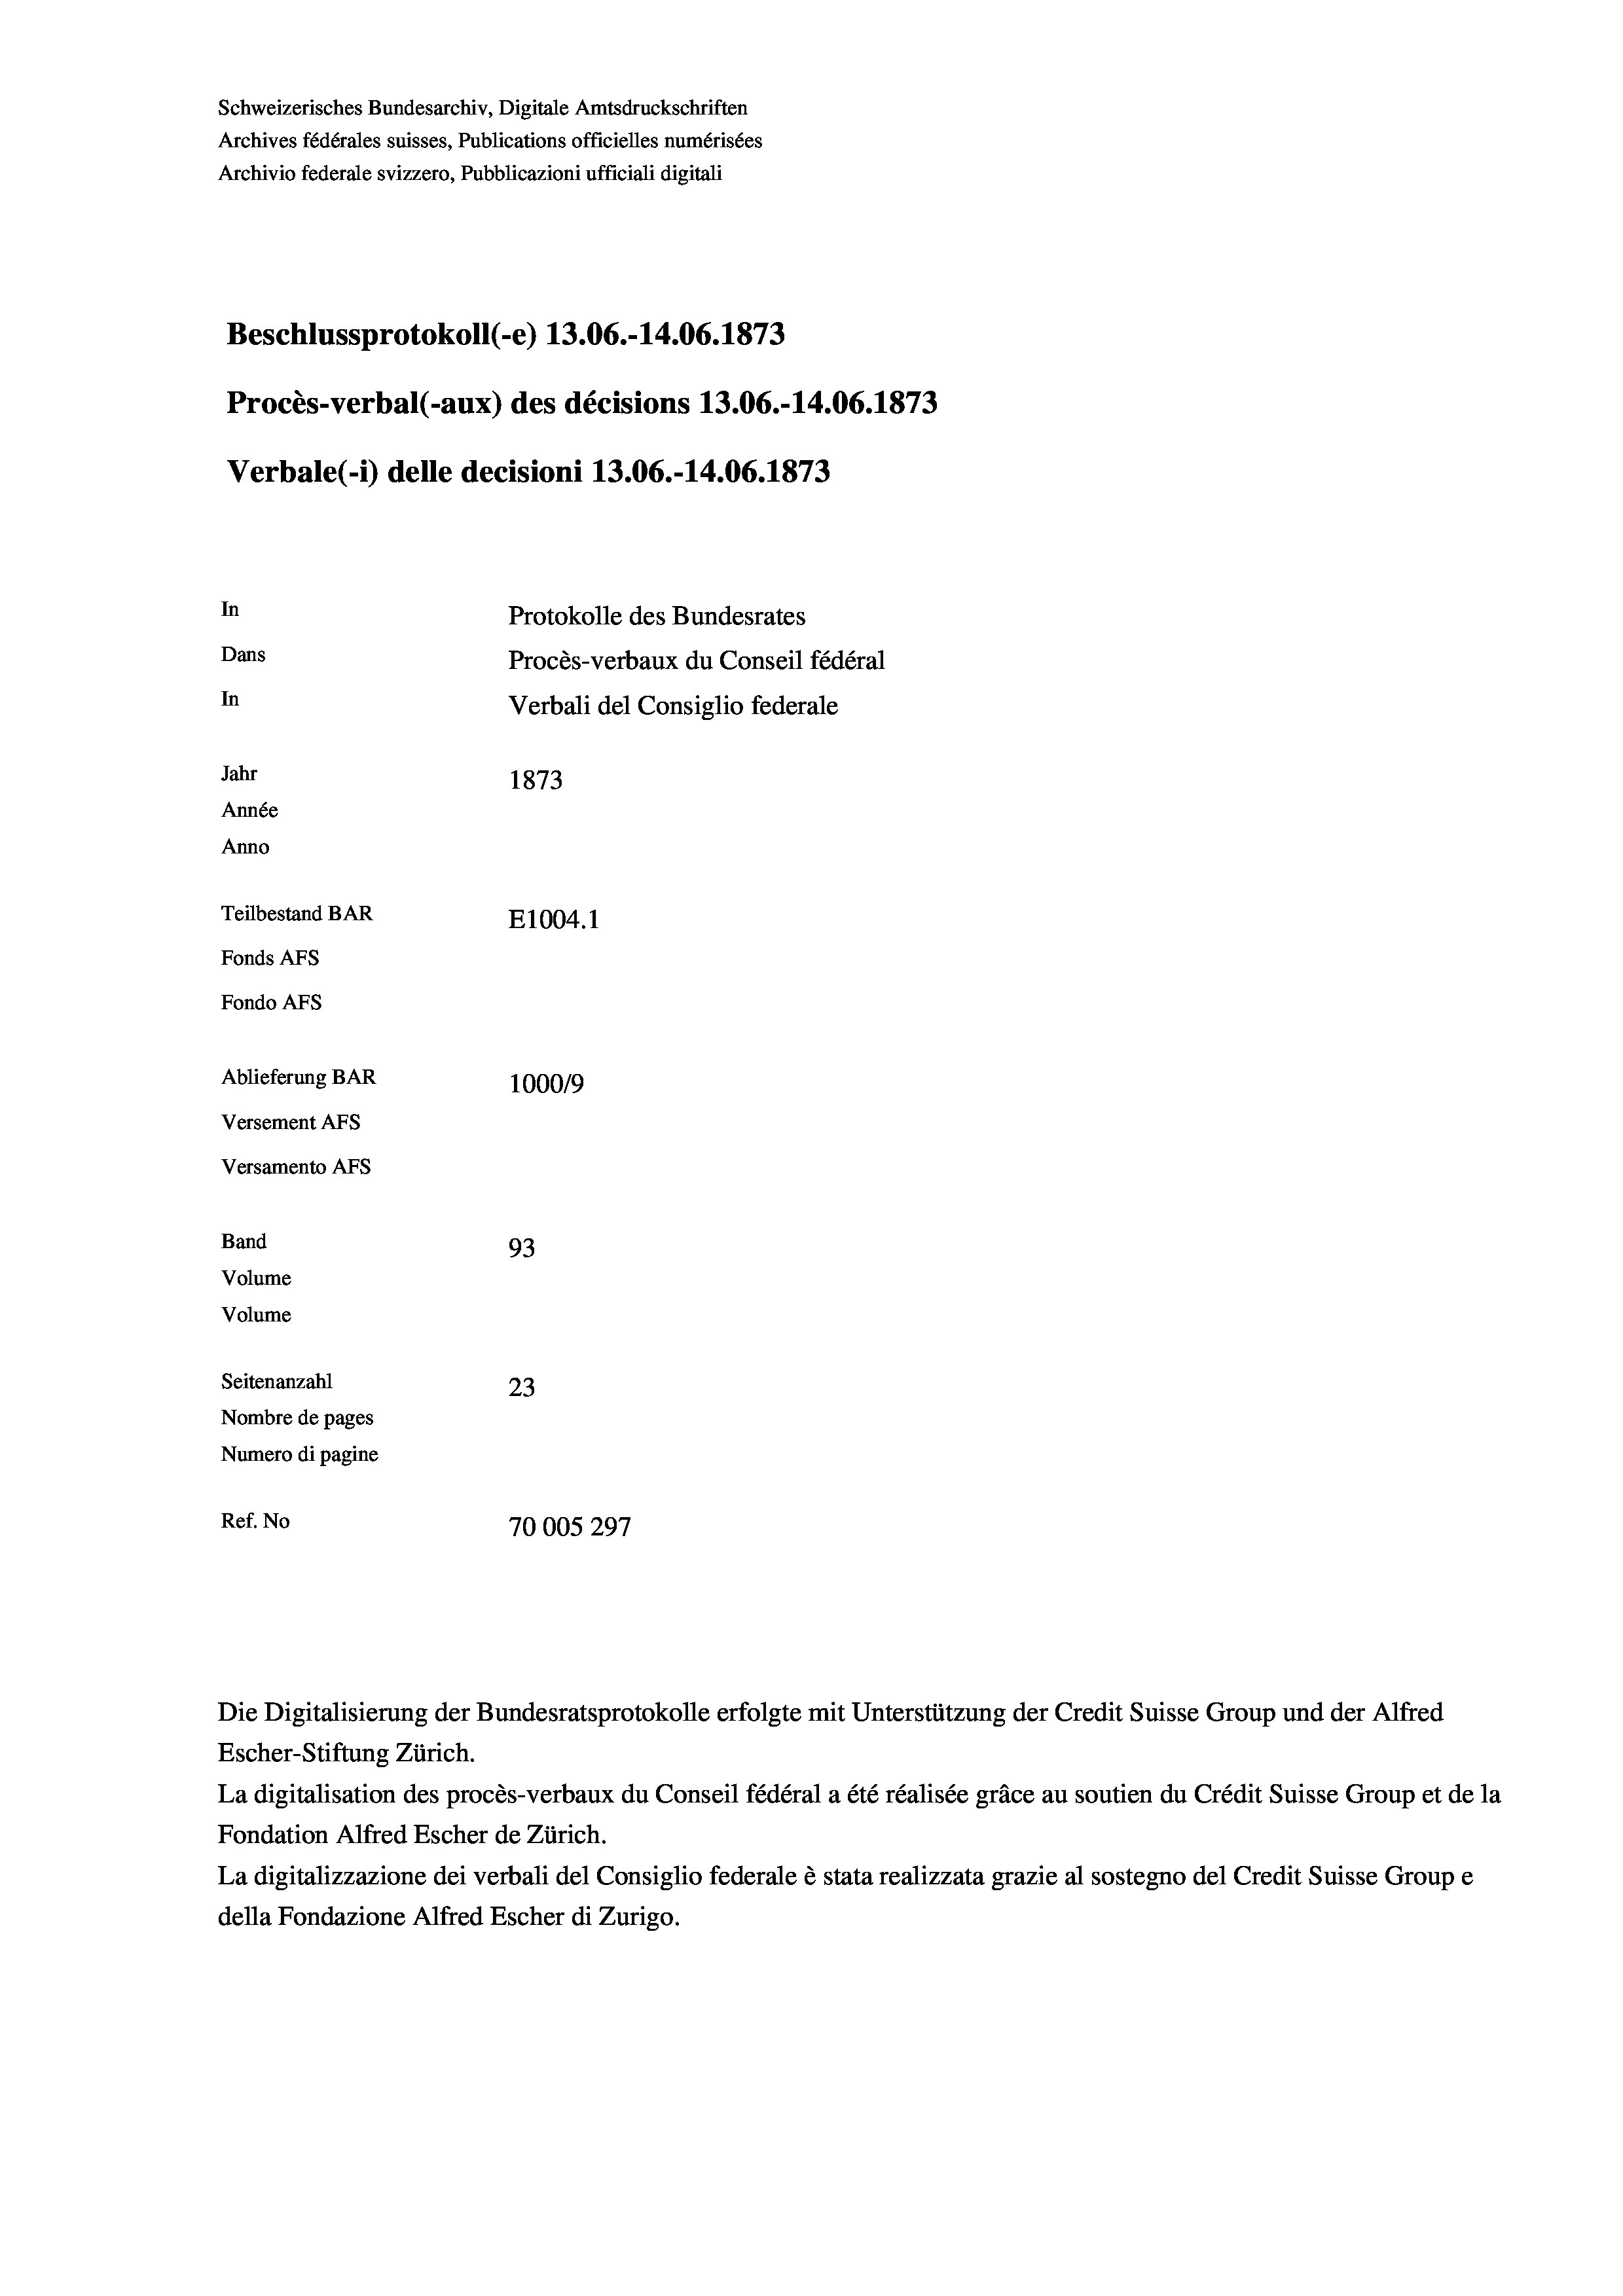
Schweizerisches Bundesarchiv, Digitale Amtsdruckschriften
Archives fédérales suisses, Publications officielles numérisées
Archivio federale svizzero, Pubblicazioni ufficiali digitali
Beschlussprotokoll (-e) 13.06.-14.06. 1873
Procès-verbal (-aux) des décisions 13.06.-14.06. 1873
Verbale(-*) delle decisioni 13.06.-14.06. 1873
In
Protokolle des Bundesrates
Dans
Procès-verbaux du Conseil fédéral
In
Verbali del Consiglio federale
Jahr
1873
Année
Anno
Teilbestand BAR
E1004. 1
Fonds AFs
Fondo AFS
Ablieferung BAR
100019
Versement AFs
Versamento AFs
Band
93
Volume
Volume

Seitenanzahl
23
Nombre de pages
Numero di pagine
Ref. No
70005 297

Die Digitalisierung der Bundesratsprotokolle erfolgte mit Unterstützung der Credit Suisse Group und der Alfred

Escher-Stiftung Zürich.
La digitalisation des procès-verbaux du Conseil fédéral a été réalisée gräce au soutien du Crédit Suisse Group et de la
Fondation Alfred Escher de Zürich.
La digitalizzazione dei verbali del Consiglio federale è stata realizzata grazie al sostegno del Credit Suisse Groupe
della Fondazione Alfred Escher di Zurigo.